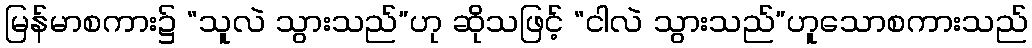
မြန်မာစကား၌ “သူလဲ သွားသည်”ဟု ဆိုသဖြင့် “ငါလဲ သွားသည်”ဟူသောစကားသည်